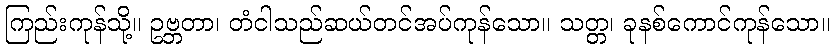
ကြည်းကုန်သို့။ ဥဗ္ဘတာ၊ တံငါသည်ဆယ်တင်အပ်ကုန်သော။ သတ္တ၊ ခုနစ်ကောင်ကုန်သော။